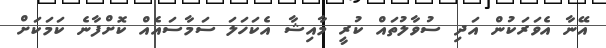
އޭނާ އެވަރަކުން އަދި ސުވާލުތައް ކުރީ މާއިޝާ އެކަހަލަ ސަމާސައެއް ކޮށްފާނެ ކަމަކަށް